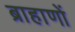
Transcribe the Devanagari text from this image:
ब्राहाणों